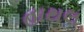
હાથલ